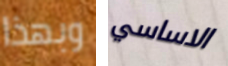
وبهذا الاساسي